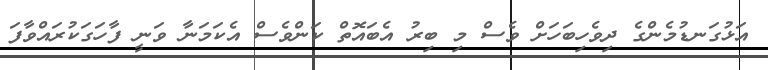
އަޅުގަނޑުމެންގެ ދިވެހިބަހަށް ވެސް މި ބިރު އެބައޮތް ކަންވެސް އެކަމަނާ ވަނީ ފާހަގަކުރައްވާފަ